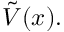
{ \tilde { V } } ( x ) .